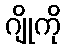
ဂျိုကို